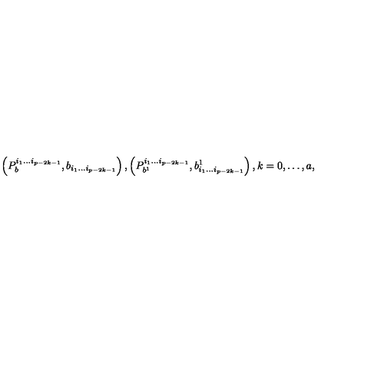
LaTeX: \left( P _ { b } ^ { i _ { 1 } \ldots i _ { p - 2 k - 1 } } , b _ { i _ { 1 } \ldots i _ { p - 2 k - 1 } } \right) , \left( P _ { b ^ { 1 } } ^ { i _ { 1 } \ldots i _ { p - 2 k - 1 } } , b _ { i _ { 1 } \ldots i _ { p - 2 k - 1 } } ^ { 1 } \right) , k = 0 , \ldots , a ,